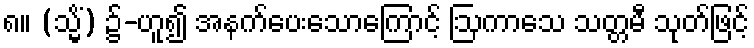
၈။ (သ္မိံ) ၌-ဟူ၍ အနက်ပေးသောကြောင့် ဩကာသေ သတ္တမီ သုတ်ဖြင့်